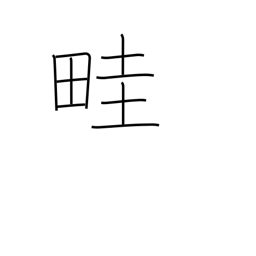
Meaning: rib